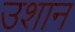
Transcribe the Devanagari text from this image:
उशान